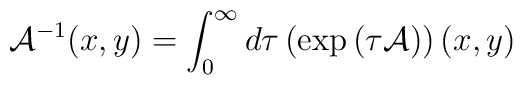
{\cal A}^{-1}(x,y)=\int_{0}^{\infty}d\tau\left(\exp\left(\tau {\cal A}\right)\right)(x,y)